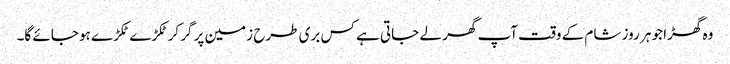
وہ گھڑا جو ہر روز شام کے وقت آپ گھر لے جاتی ہے کس بری طرح زمین پر گر کر ٹکڑے ٹکڑے ہو جائے گا۔